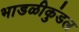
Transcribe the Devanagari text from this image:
भाडळीकुंडल